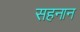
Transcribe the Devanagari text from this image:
सहनान